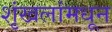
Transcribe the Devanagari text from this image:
शृंखलांमधून